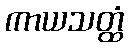
ကာယသတ္ထံ